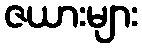
ဇယားများ